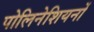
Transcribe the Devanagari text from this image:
पोलिनेशियनों